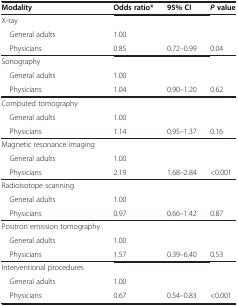
<table><thead><tr><td><b>Modality</b></td><td><b>Odds ratio*</b></td><td><b>95% CI</b></td><td><b><i>P </i>value</b></td></tr></thead><tbody><tr><td>X-ray</td><td> </td><td> </td><td> </td></tr><tr><td> General adults</td><td>1.00</td><td> </td><td> </td></tr><tr><td> Physicians</td><td>0.85</td><td>0.72–0.99</td><td>0.04</td></tr><tr><td>Sonography</td><td> </td><td> </td><td> </td></tr><tr><td> General adults</td><td>1.00</td><td> </td><td> </td></tr><tr><td> Physicians</td><td>1.04</td><td>0.90–1.20</td><td>0.62</td></tr><tr><td>Computed tomography</td><td> </td><td> </td><td> </td></tr><tr><td> General adults</td><td>1.00</td><td> </td><td> </td></tr><tr><td> Physicians</td><td>1.14</td><td>0.95–1.37</td><td>0.16</td></tr><tr><td>Magnetic resonance imaging</td><td> </td><td> </td><td> </td></tr><tr><td> General adults</td><td>1.00</td><td> </td><td> </td></tr><tr><td> Physicians</td><td>2.19</td><td>1.68–2.84</td><td>&lt;0.001</td></tr><tr><td>Radioisotope scanning</td><td> </td><td> </td><td> </td></tr><tr><td> General adults</td><td>1.00</td><td> </td><td> </td></tr><tr><td> Physicians</td><td>0.97</td><td>0.66–1.42</td><td>0.87</td></tr><tr><td>Positron emission tomography</td><td> </td><td> </td><td> </td></tr><tr><td> General adults</td><td>1.00</td><td> </td><td> </td></tr><tr><td> Physicians</td><td>1.57</td><td>0.39–6.40</td><td>0.53</td></tr><tr><td>Interventional procedures</td><td> </td><td> </td><td> </td></tr><tr><td> General adults</td><td>1.00</td><td> </td><td> </td></tr><tr><td> Physicians</td><td>0.67</td><td>0.54–0.83</td><td>&lt;0.001</td></tr></tbody></table>